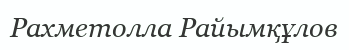
Рахметолла Райымқұлов